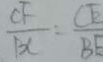
\frac { C F } { E C } = \frac { C E } { B E }